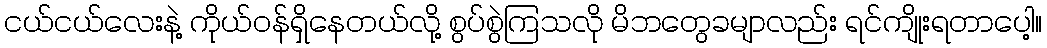
ငယ်ငယ်လေးနဲ့ ကိုယ်ဝန်ရှိနေတယ်လို့ စွပ်စွဲကြသလို မိဘတွေခမျာလည်း ရင်ကျိုးရတာပေါ့။